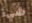
شيء